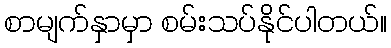
စာမျက်နှာမှာ စမ်းသပ်နိုင်ပါတယ်။